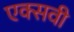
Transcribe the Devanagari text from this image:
एक्सवी